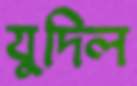
যুদিল